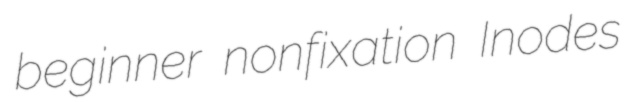
beginner nonfixation Inodes